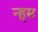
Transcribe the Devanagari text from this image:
न्हूस